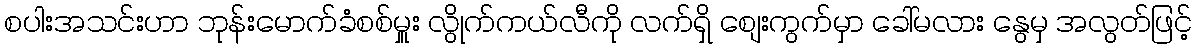
စပါးအသင်းဟာ ဘုန်းမောက်ခံစစ်မှူး လွိုက်ကယ်လီကို လက်ရှိ စျေးကွက်မှာ ခေါ်မလား နွေမှ အလွတ်ဖြင့်